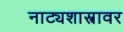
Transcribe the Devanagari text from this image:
नाट्यशास्त्रावर